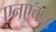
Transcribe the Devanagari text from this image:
एनएच५८